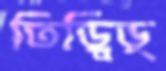
তিড়্‌বিড়্‌